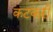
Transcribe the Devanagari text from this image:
कटकरी